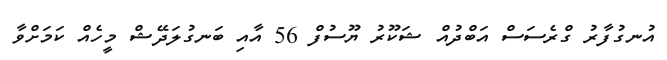
އުނގުފާރު ގްރެސަސް އަބްދުއް ޝަކޫރު ޔޫސުފް 56 އާއި ބަނގުލަދޭޝް މީހެއް ކަމަށްވާ